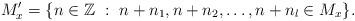
LaTeX: \begin{align*}M'_x=\{n\in \mathbb{Z} \ : \ n+n_1,n+n_2,\dots,n+n_l\in M_x\}.\end{align*}